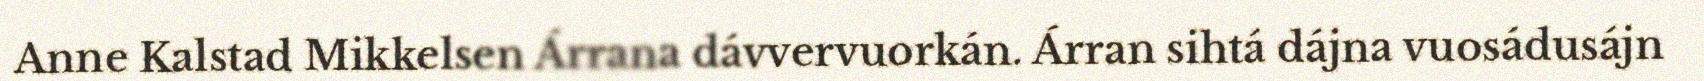
Anne Kalstad Mikkelsen Árrana dávvervuorkán. Árran sihtá dájna vuosádusájn